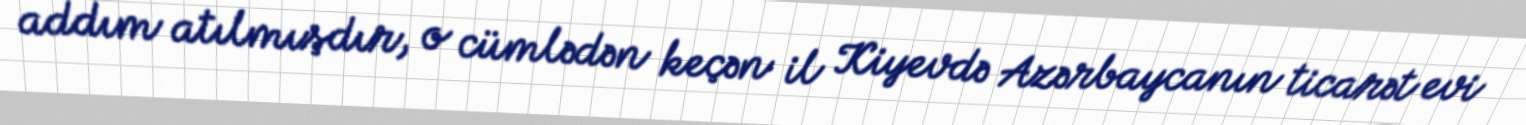
addım atılmışdır, o cümlədən keçən il Kiyevdə Azərbaycanın ticarət evi